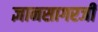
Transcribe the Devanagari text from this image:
ज्ञानसागरजी